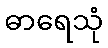
ဓာရေသုံ